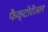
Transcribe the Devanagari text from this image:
फैक्टोरीअल